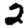
Digit: 2